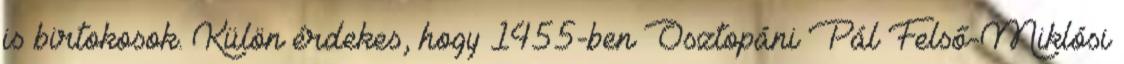
is birtokosok. Külön érdekes, hogy 1455-ben Osztopáni Pál Felső-Miklósi